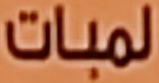
لمبات